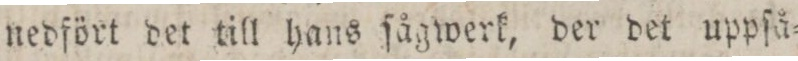
nedfört det till hans ſågwerk, der det uppſå=